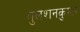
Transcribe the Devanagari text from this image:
गुलशनकुमार